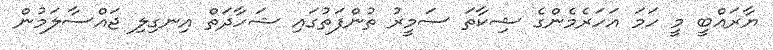
ޔާރައްބީ މީ ހަމަ އަހަރެމެންގެ ޝިކާތަ ސަމީރު ތުންފަތުގައި ޝަހާދަތް އިނގިލި ޖައްސާލަމުން